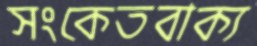
সংকেতবাক্য